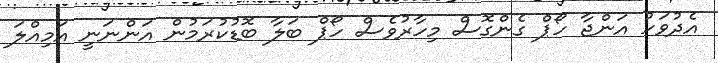
އެދުވަހު އަންޖާ ހޯޕް ގެންގޮސް މިހާރުވެސް ހޯޕް ބަލާ ބޮޑުކުރަމުން އަންނަނީ އަމިއްލަ